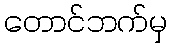
တောင်ဘက်မှ